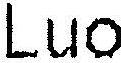
LUO